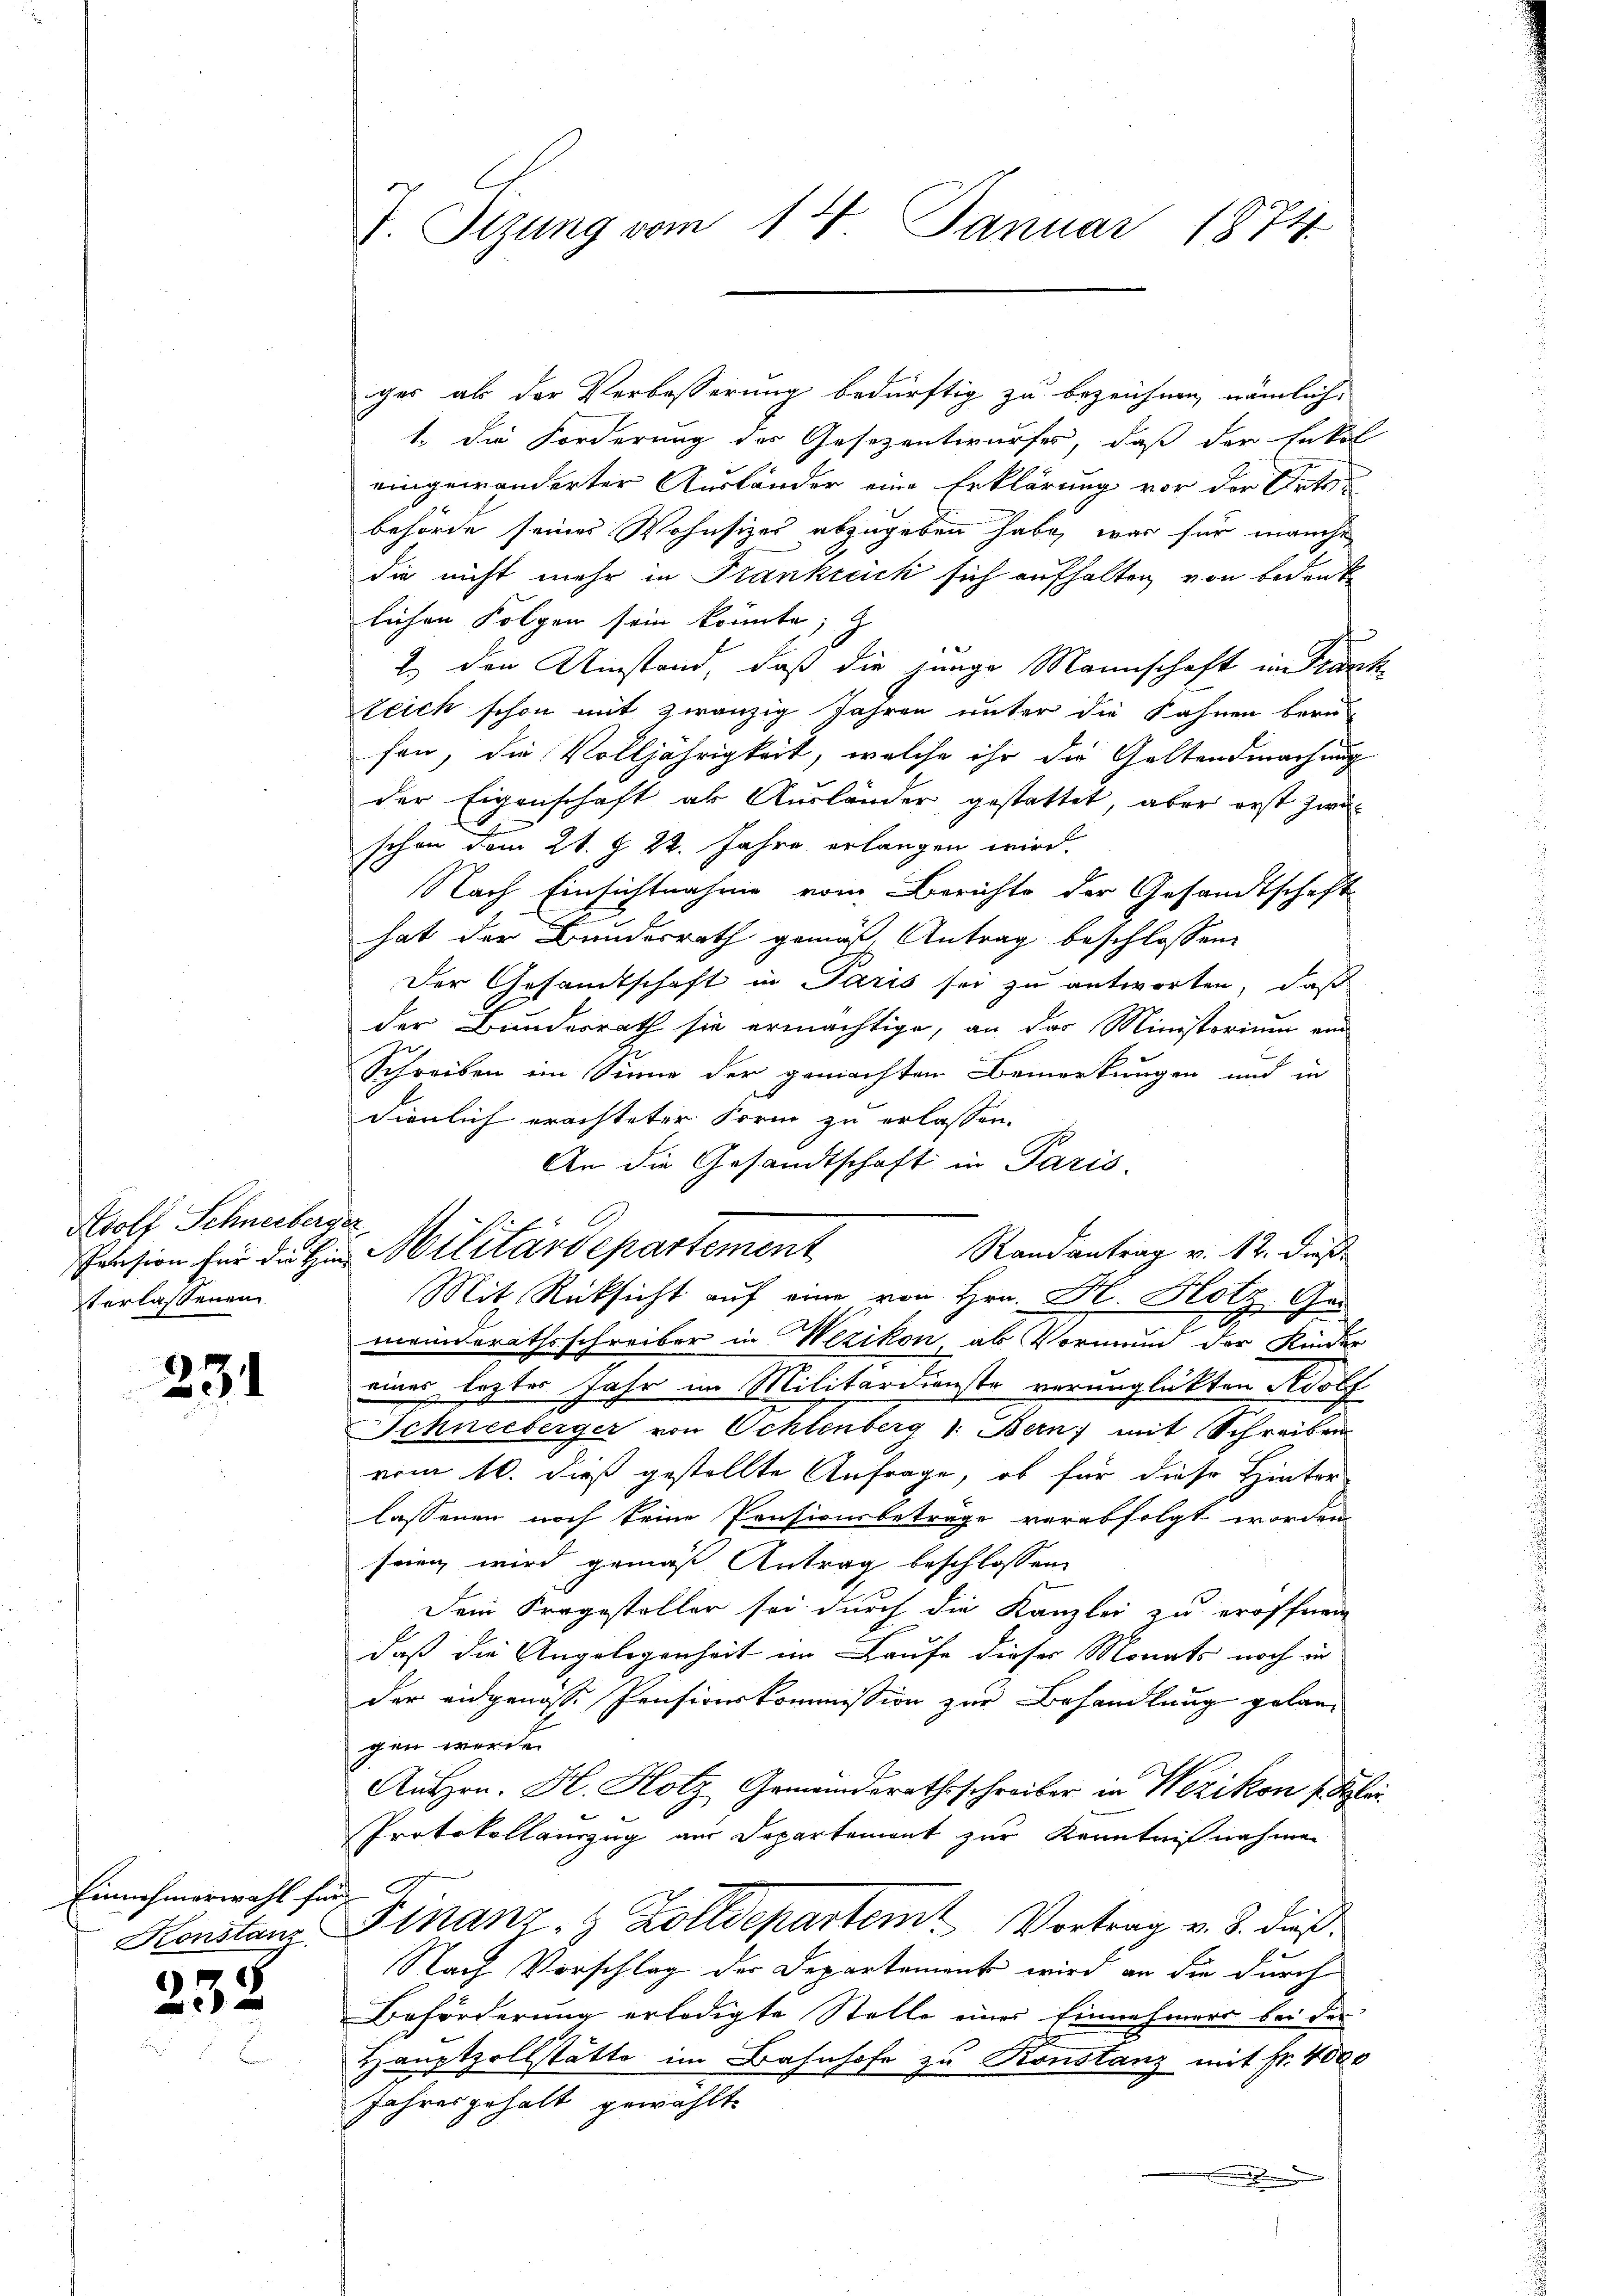
Adolf Schneeberg.
Pension für die Hin
terlassenen

231

Einnahmerwahl für
Konstanz

238

V. Sizung vom 14. Januar 1874.

iger als der Verbesserung bedürftig zu bezeichnen, nämlich
t. Die Forderung des Gesezentwurfes, daß der Enkel
eingewanderter Ausländer eine Erklärung vor der Orte
behörde seines Wohnsizes abzugeben habe, war für manche
die nicht mehr in Frankreich sich aufhalten von Bedenke
lichen Folgen sein könnte; z
2.) den Umstand, daß die junge Mannschaft im Trink
teich schon mit zwanzig Jahren unter die Fahnen beru
fen, die Volljährigkeit, welche ihr die Geltendmachung
der Eigenschaft als Ausländer gestattet, aber erst zweischon dem 21. Z. 22. Jahre erlangen wird.
Nach Einsichtnahme vom Berichte der Gesandtschaft
hat der Bundesrath gemäß, Antrag beschlossen:
Der Gesamtschaft in Paris sei zu antworten, daß
der Bundesrath sie ermächtige, an das Ministerium am
.
Schreiben im Sinne der gemachten Bemerkungen und in
dienlich erachteter Form zu erlassen.
An die Gesandtschaft in Paris,
¬
meinderathsschreiber in Wezikon als Vormund der Kinder
eines lezter Jahr im Militärdienste verunglückten Adolf
Schneeberger von Schlenberg (: Bern; mit Schreiben
vom 16. dieß gestellte Anfrage, ob für diese Hinter-
lassenen noch keine Pensionsbetrage verabfolgt worden
sein wird gemäß Antrag beschlossen
Dein Fragesteller sei durch die Kanzlei zu eröffnen
daß die Angelegenheit im Laufe dieses Monats noch in
der eidgenosse Pensionskommission zur Behandlung gelanh den werde
AuHrn. H. Holz, Gemeinderathsschreiber in Wezikon setzlei
Protokollauszug aus Departement zur Kenntnißnahmen
Finanz- & Zolldepartem Vortrag v. 3. dieß
Nach Vorschlag der Departement wird an die durch
Beförderung erledigte Stelle einer Einnehmers bei der
Hauptzollstätte im Bahnhofe zu Konstanz mit Fr. 4000
Jahresgehalt gewählt
.

Militärdepartement
Mit Rücksicht auf eine von Hrn. K. Hotz, Ger

Randantrag v. 12. dieß